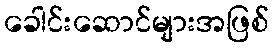
ခေါင်းဆောင်များအဖြစ်